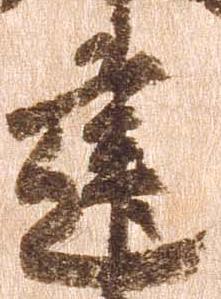
建